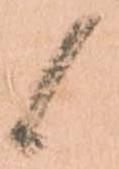
候